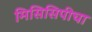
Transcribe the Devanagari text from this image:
मिसिसिपीचा